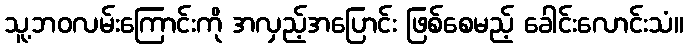
သူ့ဘဝလမ်းကြောင်းကို အလှည့်အပြောင်း ဖြစ်စေမည့် ခေါင်းလောင်းသံ။